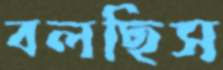
বলছিস